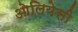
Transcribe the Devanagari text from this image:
ओलियेसी